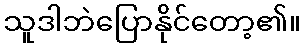
သူဒါဘဲပြောနိုင်တော့၏။